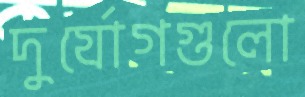
দুর্যোগগুলো